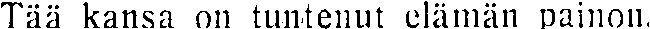
Tää kansa on tuntenut elämän painon.